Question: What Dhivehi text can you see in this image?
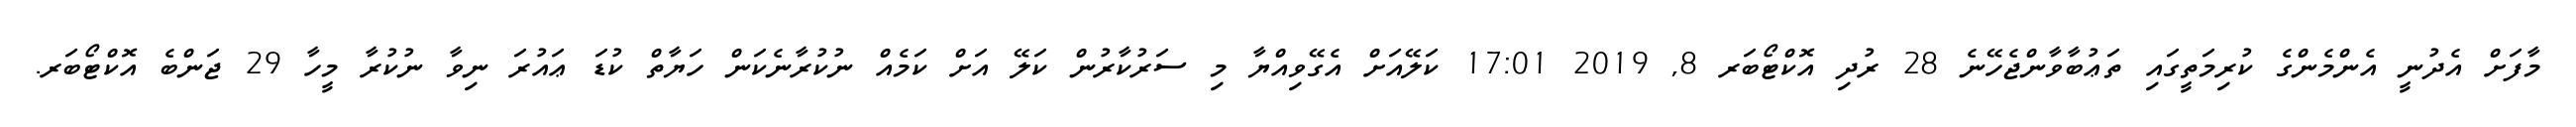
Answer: މާފަށް އެދުނީ އެންމެންގެ ކުރިމަތީގައި ތަޢުބާވާންޖެހޭނެ 28 ރުދި އޮކްޓޯބަރ 8, 2019 17:01 ކަލޭއަށް އެގޭވިއްޔާ މި ސަރުކާރުން ކަލޭ އަށް ކަމެއް ނުކުރާނެކަން ހަޔާތް ކުޑަ ޢައުރަ ނިވާ ނުކުރާ މީހާ 29 ޖަންބެ އޮކްޓޯބަރ.